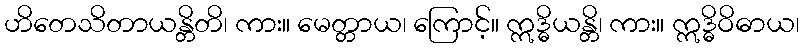
ဟိတေသိတာယန္တိတိ၊ ကား။ မေတ္တာယ၊ ကြောင့်။ ဣဒ္ဓိယန္တိ၊ ကား။ ဣဒ္ဓိဝိဓာယ၊